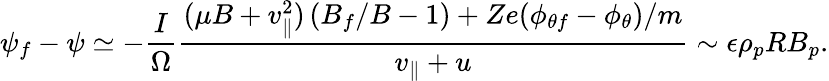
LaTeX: \psi_{f}-\psi\simeq-\frac{I}{\Omega}\frac{(\mu B+v_{\parallel}^{2})\left(B_{f}/B-1\right)+Ze(\phi_{\theta f}-\phi_{\theta})/m}{v_{\parallel}+u}\sim\epsilon\rho_{p}RB_{p}.